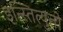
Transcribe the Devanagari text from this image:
इन्स्तित्युतो